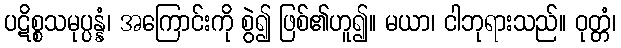
ပဋိစ္စသမုပ္ပန္နံ၊ အကြောင်းကို စွဲ၍ ဖြစ်၏ဟူ၍။ မယာ၊ ငါဘုရားသည်။ ဝုတ္တံ၊